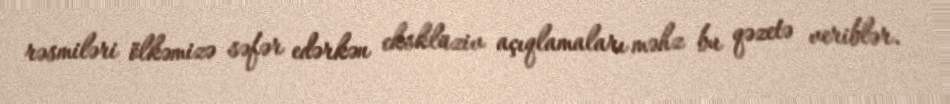
rəsmiləri ölkəmizə səfər edərkən eksklüziv açıqlamaları məhz bu qəzetə veriblər.